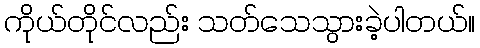
ကိုယ်တိုင်လည်း သတ်သေသွားခဲ့ပါတယ်။